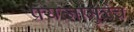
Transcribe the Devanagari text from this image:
प्रयत्नामुळेच